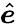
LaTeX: \hat{\boldsymbol{e}}